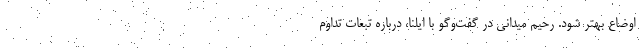
اوضاع بهتر شود. رحیم میدانی در گفت‌وگو با ایلنا، درباره تبعات تداوم